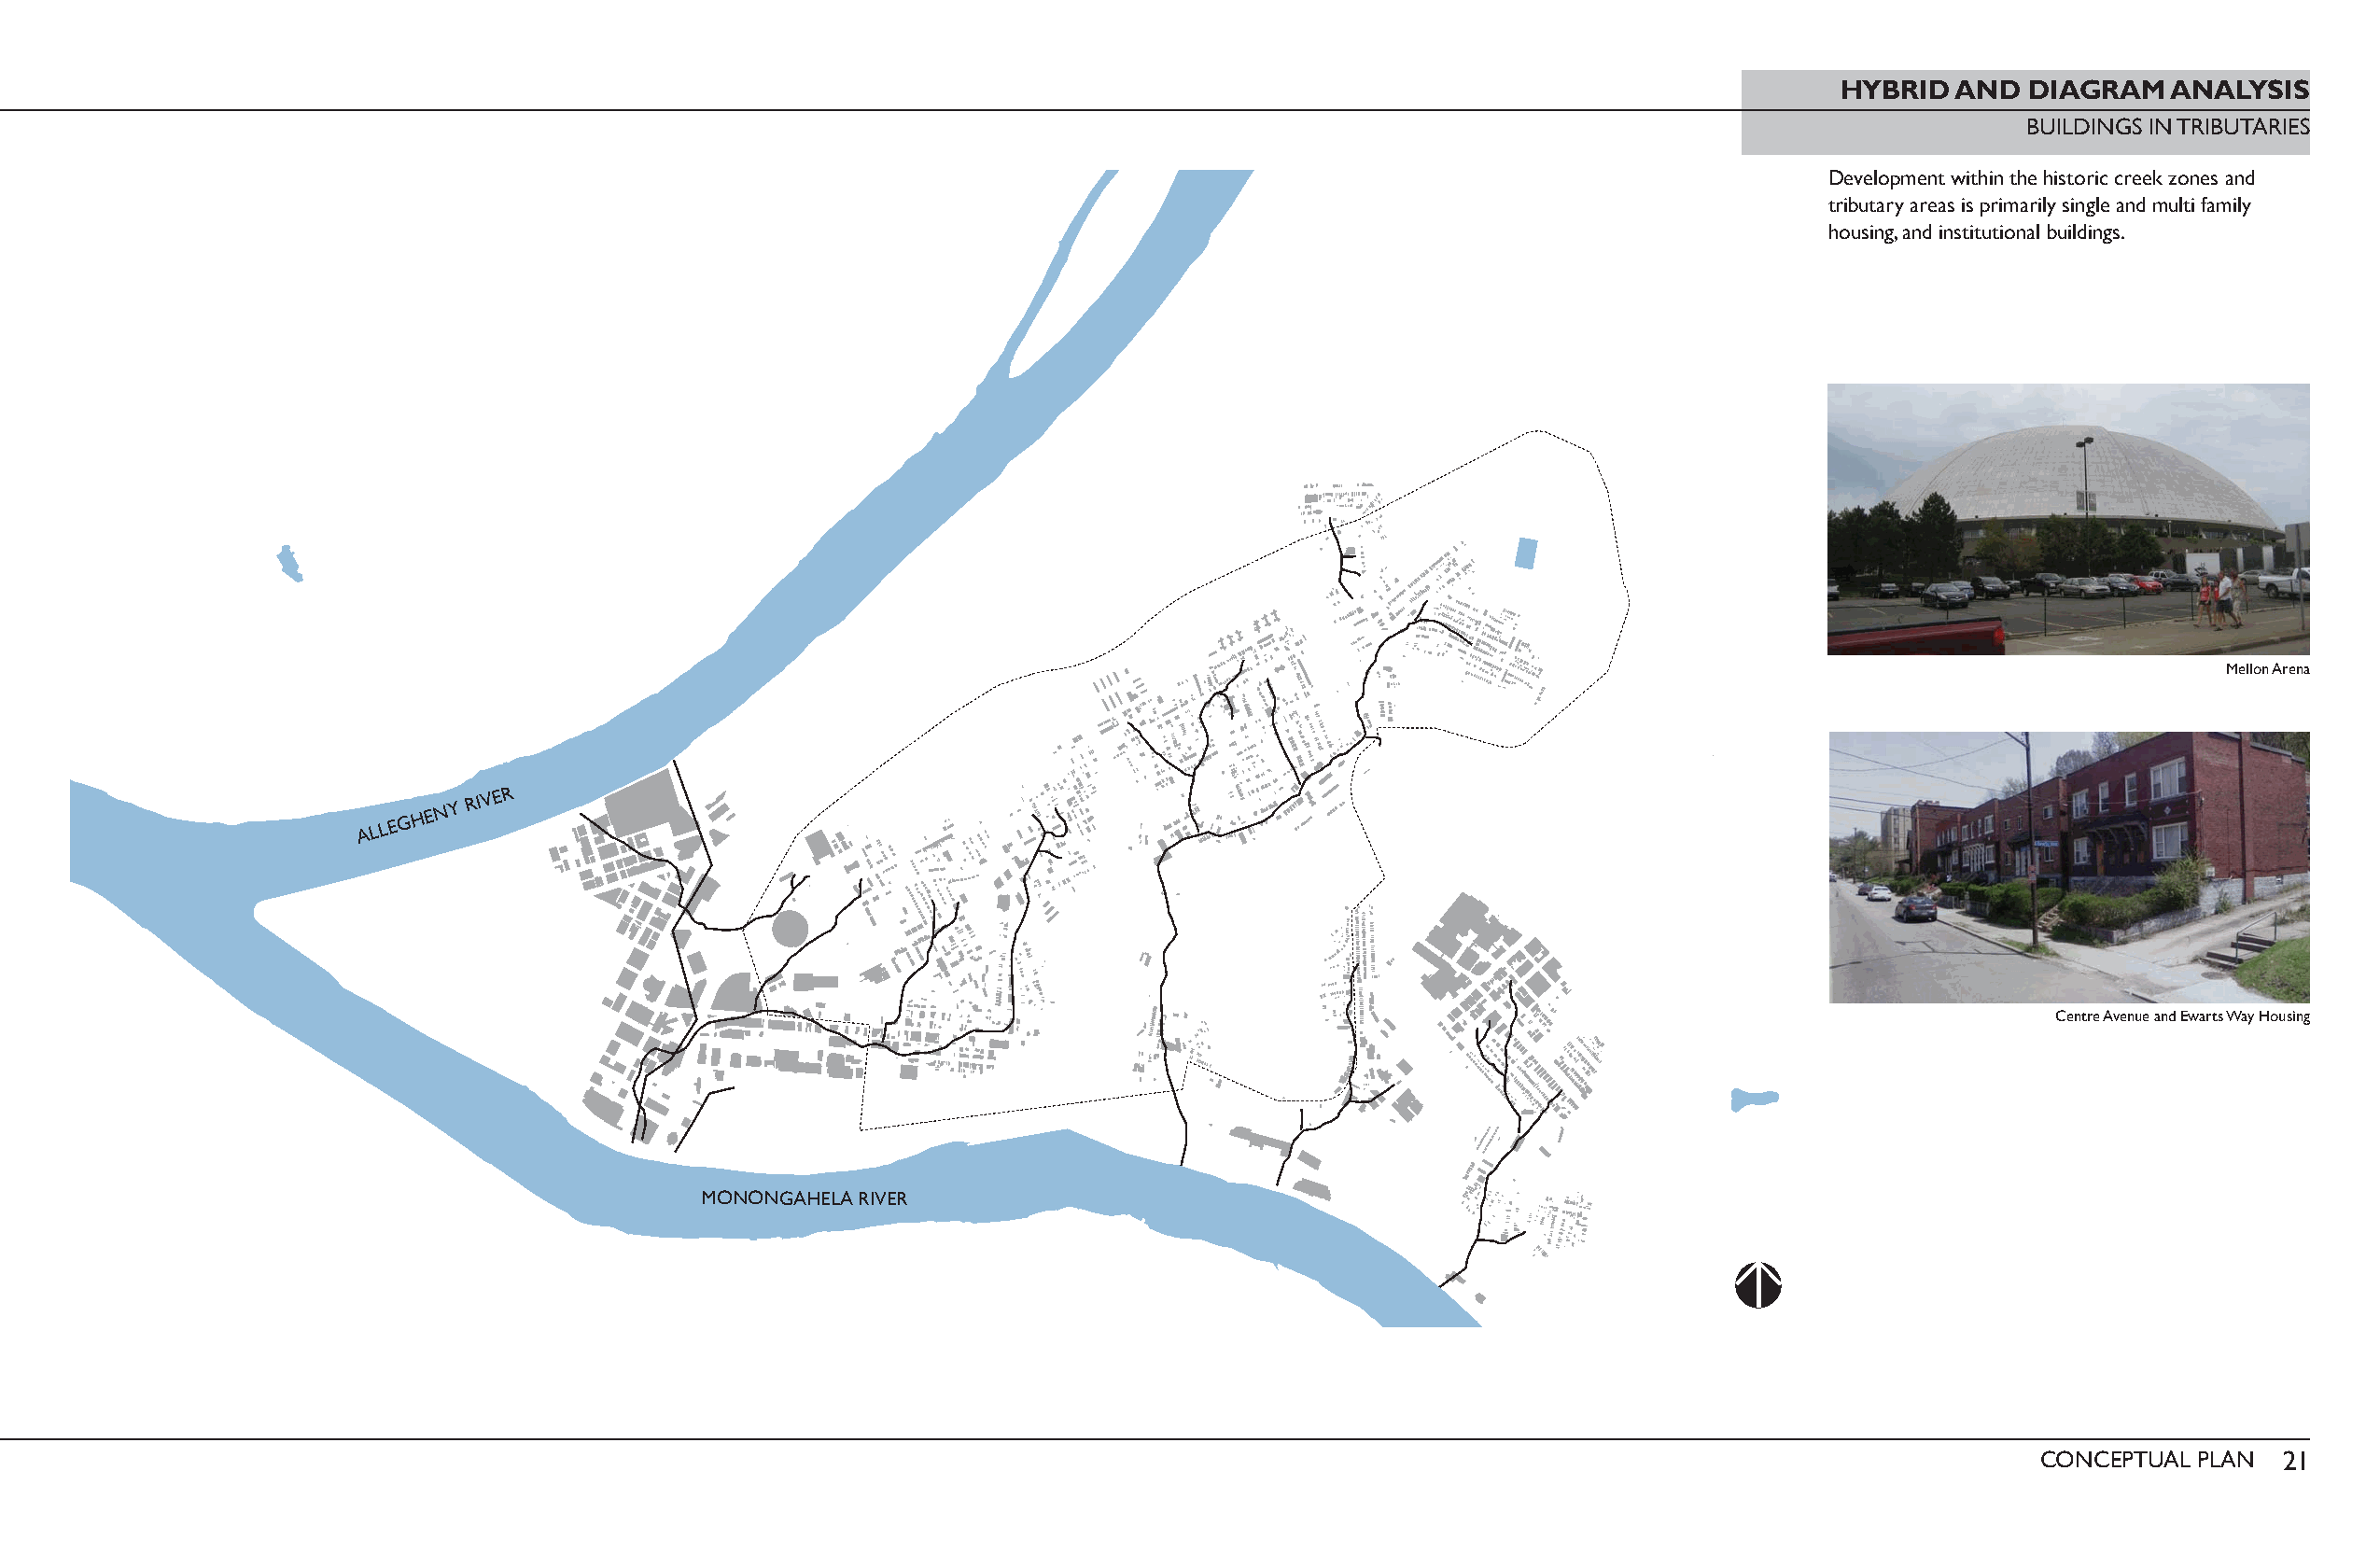
HYBRID  AND  DIAGRAM   ANALYSIS
 BUILDINGS IN TRIBUTARIES
 Development within the historic creek zones and
 tributary areas is primarily single and multi family
 housing, and institutional buildings.
 Mellon Arena
 ALLEGHENY
 RIVER
 Centre Avenue and Ewarts Way Housing
 MONONGAHELA RIVER
 CONCEPTUAL PLAN  21